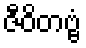
ဇီဝိတဗ္ဗံ